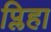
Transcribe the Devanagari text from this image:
प्लिहा